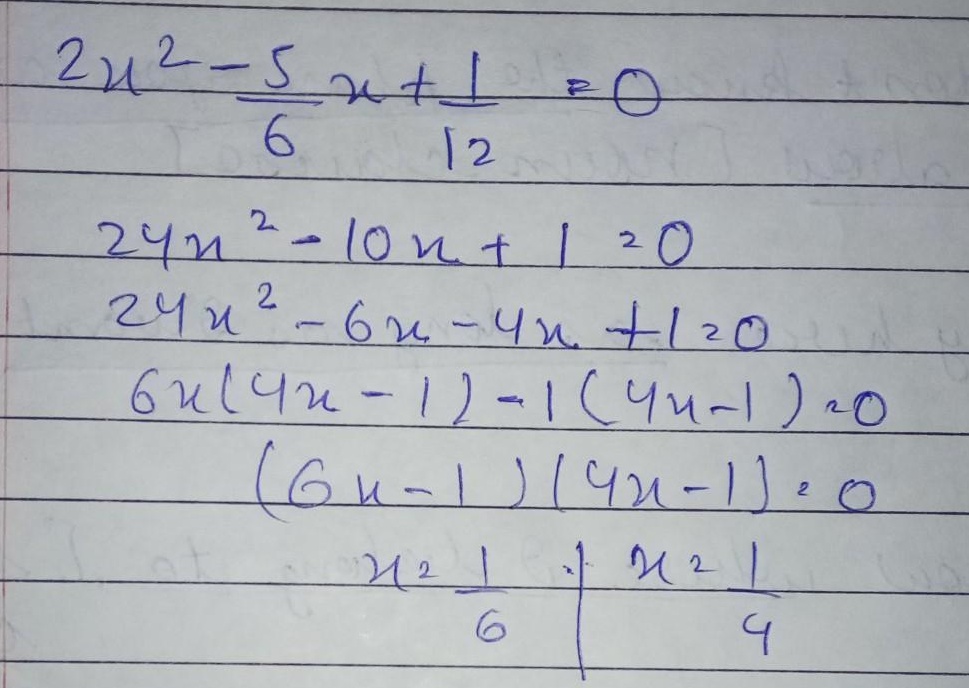
\[\begin{align*}
2x^{2}-\frac{5}{6}x+\frac{1}{12}&=0\\
24x^{2}-10x + 1&=0\\
24x^{2}-6x-4x + 1&=0\\
6x(4x - 1)-1(4x - 1)&=0\\
(6x - 1)(4x - 1)&=0\\
x&=\frac{1}{6}\quad\text{或}\quad x=\frac{1}{4}
\end{align*}\]